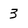
Character: 3